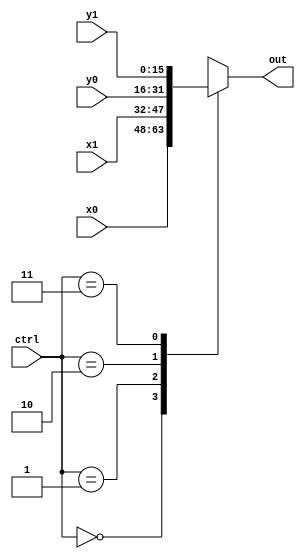
module Mux41(input wire [15:0]x0, input wire [15:0] x1, input wire [15:0] y0, input wire [15:0] y1, input wire [1:0] ctrl, output reg [15:0] out);
always @(*)
  begin
    case(ctrl)
      2'b00:
        out = x0;
      2'b01:
        out = x1;
      2'b10:
        out = y0;
      2'b11:
        out = y1;
    endcase
  end
endmodule